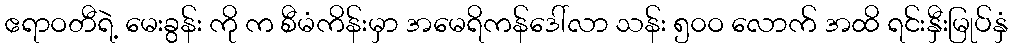
ဧရာဝတီရဲ့ မေးခွန်း ကို က စီမံကိန်းမှာ အမေရိကန်ဒေါ်လာ သန်း ၅၀ဝ လောက် အထိ ရင်းနှီးမြုပ်နှံ